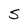
Character: S